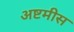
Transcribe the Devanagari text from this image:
अष्टमीस